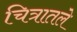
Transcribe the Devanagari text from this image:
चित्रातले